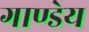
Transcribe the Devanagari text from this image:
गाण्डेय